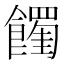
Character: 𩟉